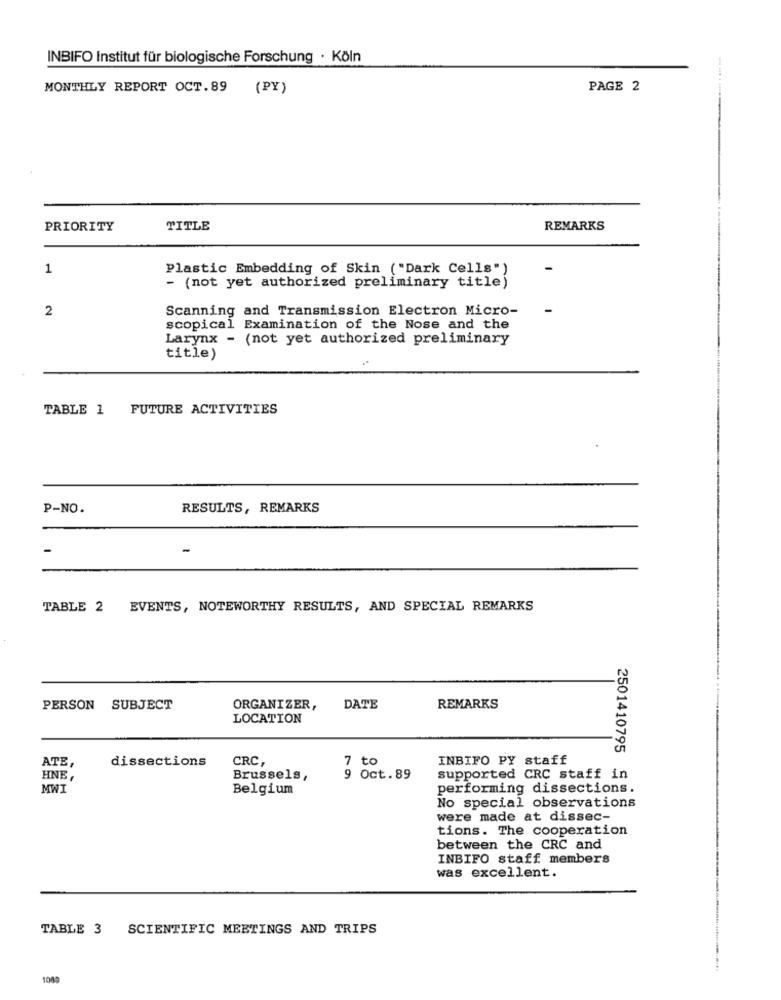
INBIFO Institut für biologische Forschung · Köln
MONTHLY REPORT OCT.89 (PY)
PAGE 2
PRIORITY
TITLE
REMARKS
1
Plastic Embedding of Skin ("Dark Cells")
- (not yet authorized preliminary title)
2
Scanning and Transmission Electron Micro-
scopical Examination of the Nose and the
Larynx - (not yet authorized preliminary
title)
TABLE 1 FUTURE ACTIVITIES
P-NO.
RESULTS, REMARKS
TABLE 2 EVENTS, NOTEWORTHY RESULTS, AND SPECIAL REMARKS
PERSON SUBJECT
ORGANIZER,
DATE
REMARKS
LOCATION
2501410795
dissections
CRC,
7 to
INBIFO PY staff
ATE,
HNE
Brussels,
9 Oct.89
supported CRC staff in
MWI
Belgium
performing dissections.
No special observations
were made at dissec-
tions. The cooperation
between the CRC and
INBIFO staff members
was excellent.
TABLE 3 SCIENTIFIC MEETINGS AND TRIPS
1049